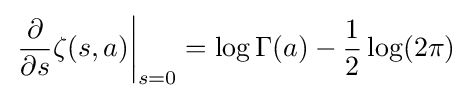
\left.{\frac {\partial }{\partial s}}\zeta (s,a)\right|_{s=0}=\log \Gamma (a)-{\frac {1}{2}}\log(2\pi )